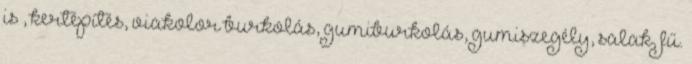
is , kertépítés, viakolor burkolás, gumiburkolás, gumiszegély, salak, fű.